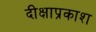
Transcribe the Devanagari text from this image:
दीक्षाप्रकाश